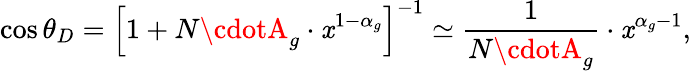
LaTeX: \cos\theta_{D}=\Bigl[1+N\cdotA_{g}\cdot\mathit{x}^{1-\alpha_{g}}\Bigr]^{-1}\simeq{\frac{{1}}{{N\cdotA_{g}}}}\cdot\mathit{x}^{\alpha_{g}-1},